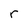
Character: r